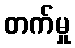
တက်မှု